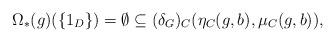
LaTeX: \begin{align*}\Omega_\ast(g)(\{1_D\}) = \emptyset \subseteq (\delta_G)_C( \eta_C(g,b) , \mu_C(g,b)),\end{align*}